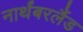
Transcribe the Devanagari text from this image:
नार्थंबरलैंड